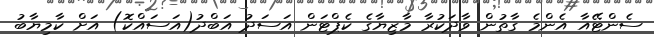
ސެންޓޭއާ އެންމެ ގާތުން ވާދަކުރާ މާޒިޔާގެ ކެޕްޓަން އަސަދު އަބްދު(އަސައްކޮ) އަށް ކާމިޔާބު